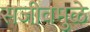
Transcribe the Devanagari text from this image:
सजीवमुळे